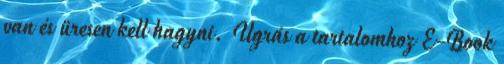
van és üresen kell hagyni. Ugrás a tartalomhoz E-Book